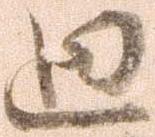
廻